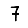
Digit: 7